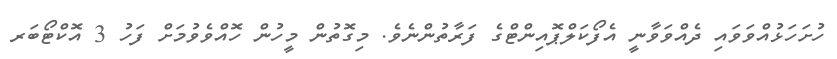
ހުށަހަޅުއްވަވައި ދެއްވަވާނީ އެފޯކަލްޕޮއިންޓްގެ ފަރާތުންނެވެ. މިގޮތުން މީހުން ހޮއްވެވުމަށް ފަހު 3 އޮކްޓޯބަރ